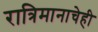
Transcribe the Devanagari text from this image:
रात्रिमानाचेही